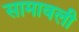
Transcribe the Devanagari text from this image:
सामावली